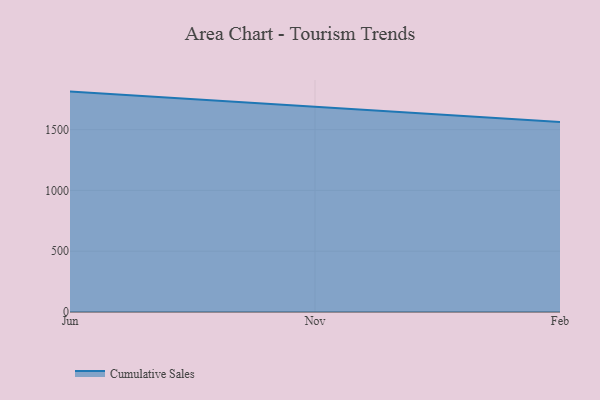
{"axis": {"x": "Month", "y": "Demand Index"}, "legend": ["Cumulative Sales"], "data": [{"x": "Jun", "y": 1813.0, "type": "Cumulative Sales"}, {"x": "Nov", "y": 1686.8, "type": "Cumulative Sales"}, {"x": "Feb", "y": 1562.5, "type": "Cumulative Sales"}]}